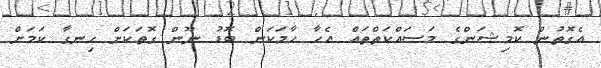
އެގޮތުން ކޮމިޝަންގެ މަސައްކަތްތައް އެހާ ހާމަކަން ބޮޑު ނޫން ގޮތަކަށް ހިނގާ ކަމަށް